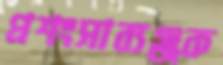
প্রশংসাব্যঞ্জক